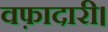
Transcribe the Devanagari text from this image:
वफ़ादारी।